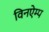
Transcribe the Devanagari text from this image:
विनऐम्प